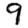
Digit: 9